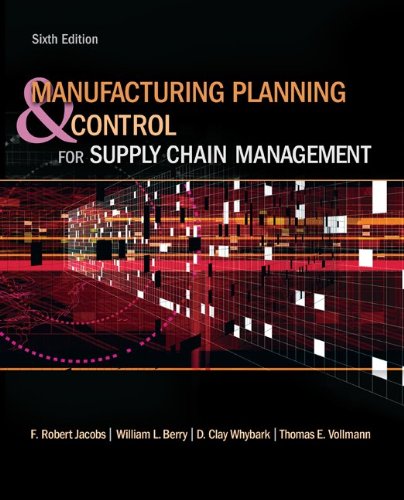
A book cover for Manufacturing Planning and Control for Supply Chain Management (The Mcgraw-Hill/Irwin Series Operations and Decision Sciences); F. Robert Jacobs; Business & Money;